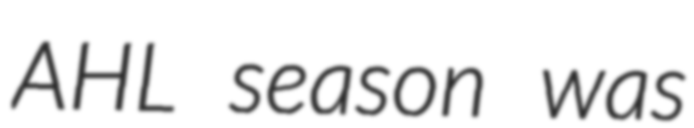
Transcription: AHL season was